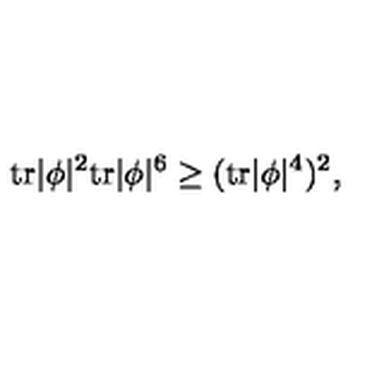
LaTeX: \mathrm { t r } | \phi | ^ { 2 } \mathrm { t r } | \phi | ^ { 6 } \ge ( \mathrm { t r } | \phi | ^ { 4 } ) ^ { 2 } ,